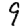
Digit: 9